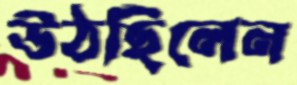
উঠছিলেন